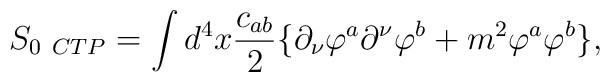
S_{0 \ CTP} = \int d^{4}x \frac{c_{ab}}{2} \{ \partial_{\nu}\varphi^{a} \partial^{\nu}\varphi^{b} + m^{2}\varphi^{a}\varphi^{b} \}  ,